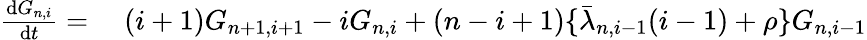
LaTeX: \begin{array}{rl}{\frac{\mathrm{d}G_{n,i}}{\mathrm{d}t}=}&{{}\; (i+1)G_{n+1,i+1}-iG_{n,i}+(n-i+1)\lbrace\bar{\lambda}_{n,i-1}(i-1)+\rho\rbrace G_{n,i-1}}\end{array}